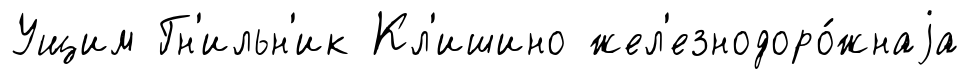
Ущим Гн'ильн'ик Кл'ишино жел'езнодоро́жнаjа